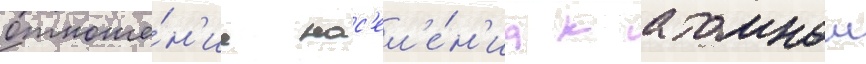
отноше́н'ие нас'ел'е́н'иа к атомнои